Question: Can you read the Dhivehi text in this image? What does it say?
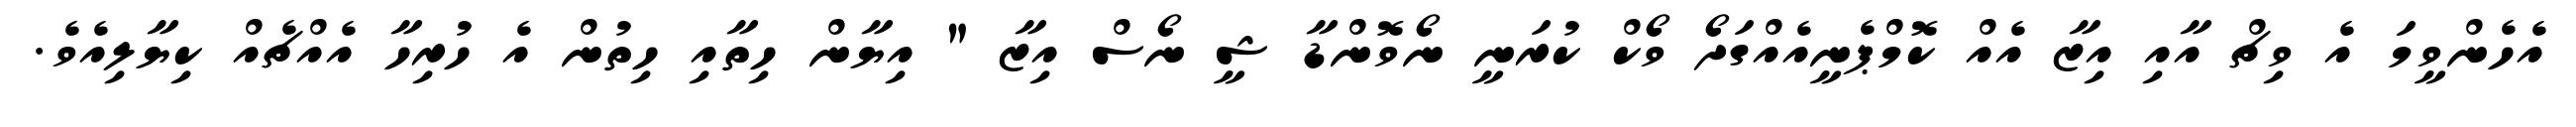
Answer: އެހެންވީމަ އެ ވިޗް އާއި އިޒާ އެއް ކޮމްޕެނީއެއްގަދޯ ވޯކް ކުރަނީ ނޯވޮންޑާ ޝީ ނޯސް އިޒާ " އިޔާން ހިތާއި ހިތުން އެ ހުރިހާ އެއްޗެއް ކިޔާލިއެވެ.